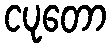
ငပုတော